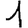
Digit: 1